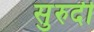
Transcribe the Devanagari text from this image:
सुरुदी